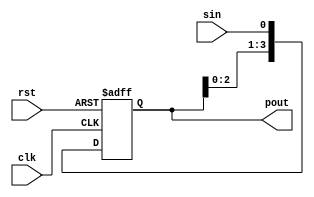
module sr_sipo_4bit(sin, clk, rst, pout) ;
	
	input clk, rst, sin ;
	output [3:0] pout ;

	reg [3:0] temp ;

	always @(posedge(clk), posedge(rst))
		begin
			if (rst == 1 'b1)
					temp <= 4 'b0000 ;

			else if (clk == 1 'b1)
				begin
					temp <= temp << 1 ;
					temp[0] <= sin ;
				end
		end 
	assign pout = temp ;
endmodule